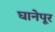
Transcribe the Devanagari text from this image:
घानेपूर